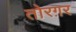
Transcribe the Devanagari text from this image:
तोरग़र